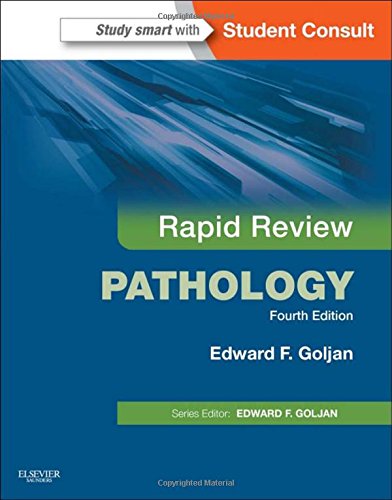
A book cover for Rapid Review Pathology: With STUDENT CONSULT Online Access, 4e; Edward F. Goljan MD; Test Preparation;